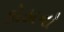
કોઠાનો